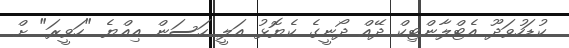
ކުޑަހުވަދޫ އެޓްލާންޓިކް ދޭއް ދޯނީގެ ކެޔޮޅު އަލީ ހަސަން އިއްޔެ "ހަވީރަ" ށް